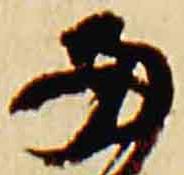
両